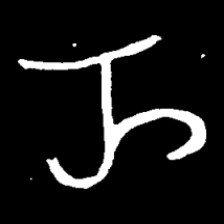
Pyu character \u2014 Myanmar letter: ည (romanized: nya)